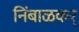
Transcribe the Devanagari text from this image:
निंबाळकर्